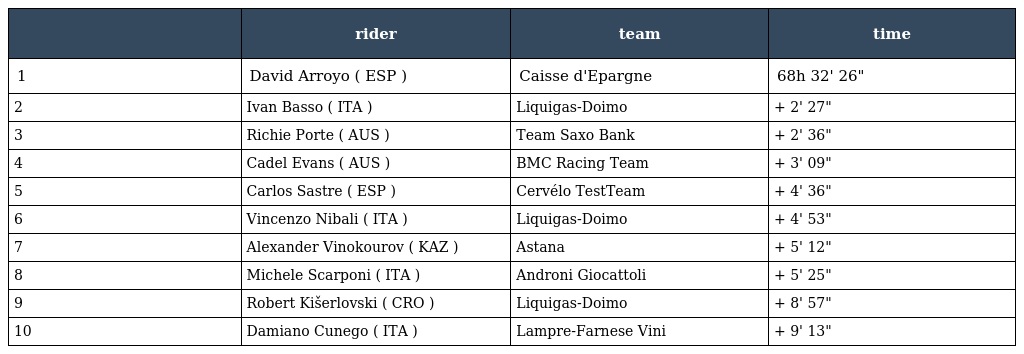
|  | rider | team | time |
 | --- | --- | --- | --- |
 | 1 | David Arroyo ( ESP ) | Caisse d'Epargne | 68h 32' 26" |
 | 2 | Ivan Basso ( ITA ) | Liquigas-Doimo | + 2' 27" |
 | 3 | Richie Porte ( AUS ) | Team Saxo Bank | + 2' 36" |
 | 4 | Cadel Evans ( AUS ) | BMC Racing Team | + 3' 09" |
 | 5 | Carlos Sastre ( ESP ) | Cervélo TestTeam | + 4' 36" |
 | 6 | Vincenzo Nibali ( ITA ) | Liquigas-Doimo | + 4' 53" |
 | 7 | Alexander Vinokourov ( KAZ ) | Astana | + 5' 12" |
 | 8 | Michele Scarponi ( ITA ) | Androni Giocattoli | + 5' 25" |
 | 9 | Robert Kišerlovski ( CRO ) | Liquigas-Doimo | + 8' 57" |
 | 10 | Damiano Cunego ( ITA ) | Lampre-Farnese Vini | + 9' 13" |